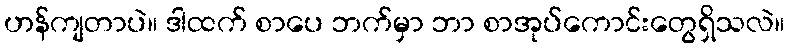
ဟန်ကျတာပဲ။ ဒါထက် စာပေ ဘက်မှာ ဘာ စာအုပ်ကောင်းတွေရှိသလဲ။